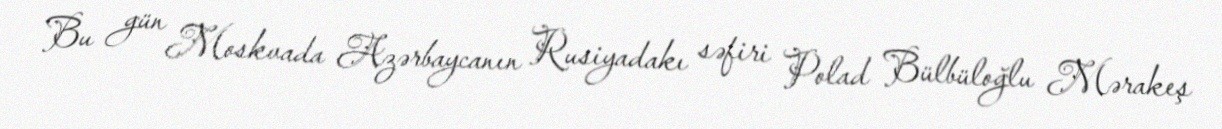
Bu gün Moskvada Azərbaycanın Rusiyadakı səfiri Polad Bülbüloğlu Mərakeş